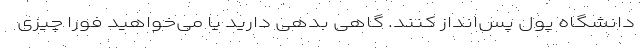
دانشگاه پول پس‌انداز کنند. گاهی بدهی دارید یا می‌خواهید فورا چیزی